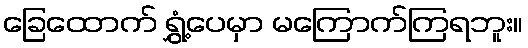
ခြေထောက် ရွှံ့ပေမှာ မကြောက်ကြရဘူး။